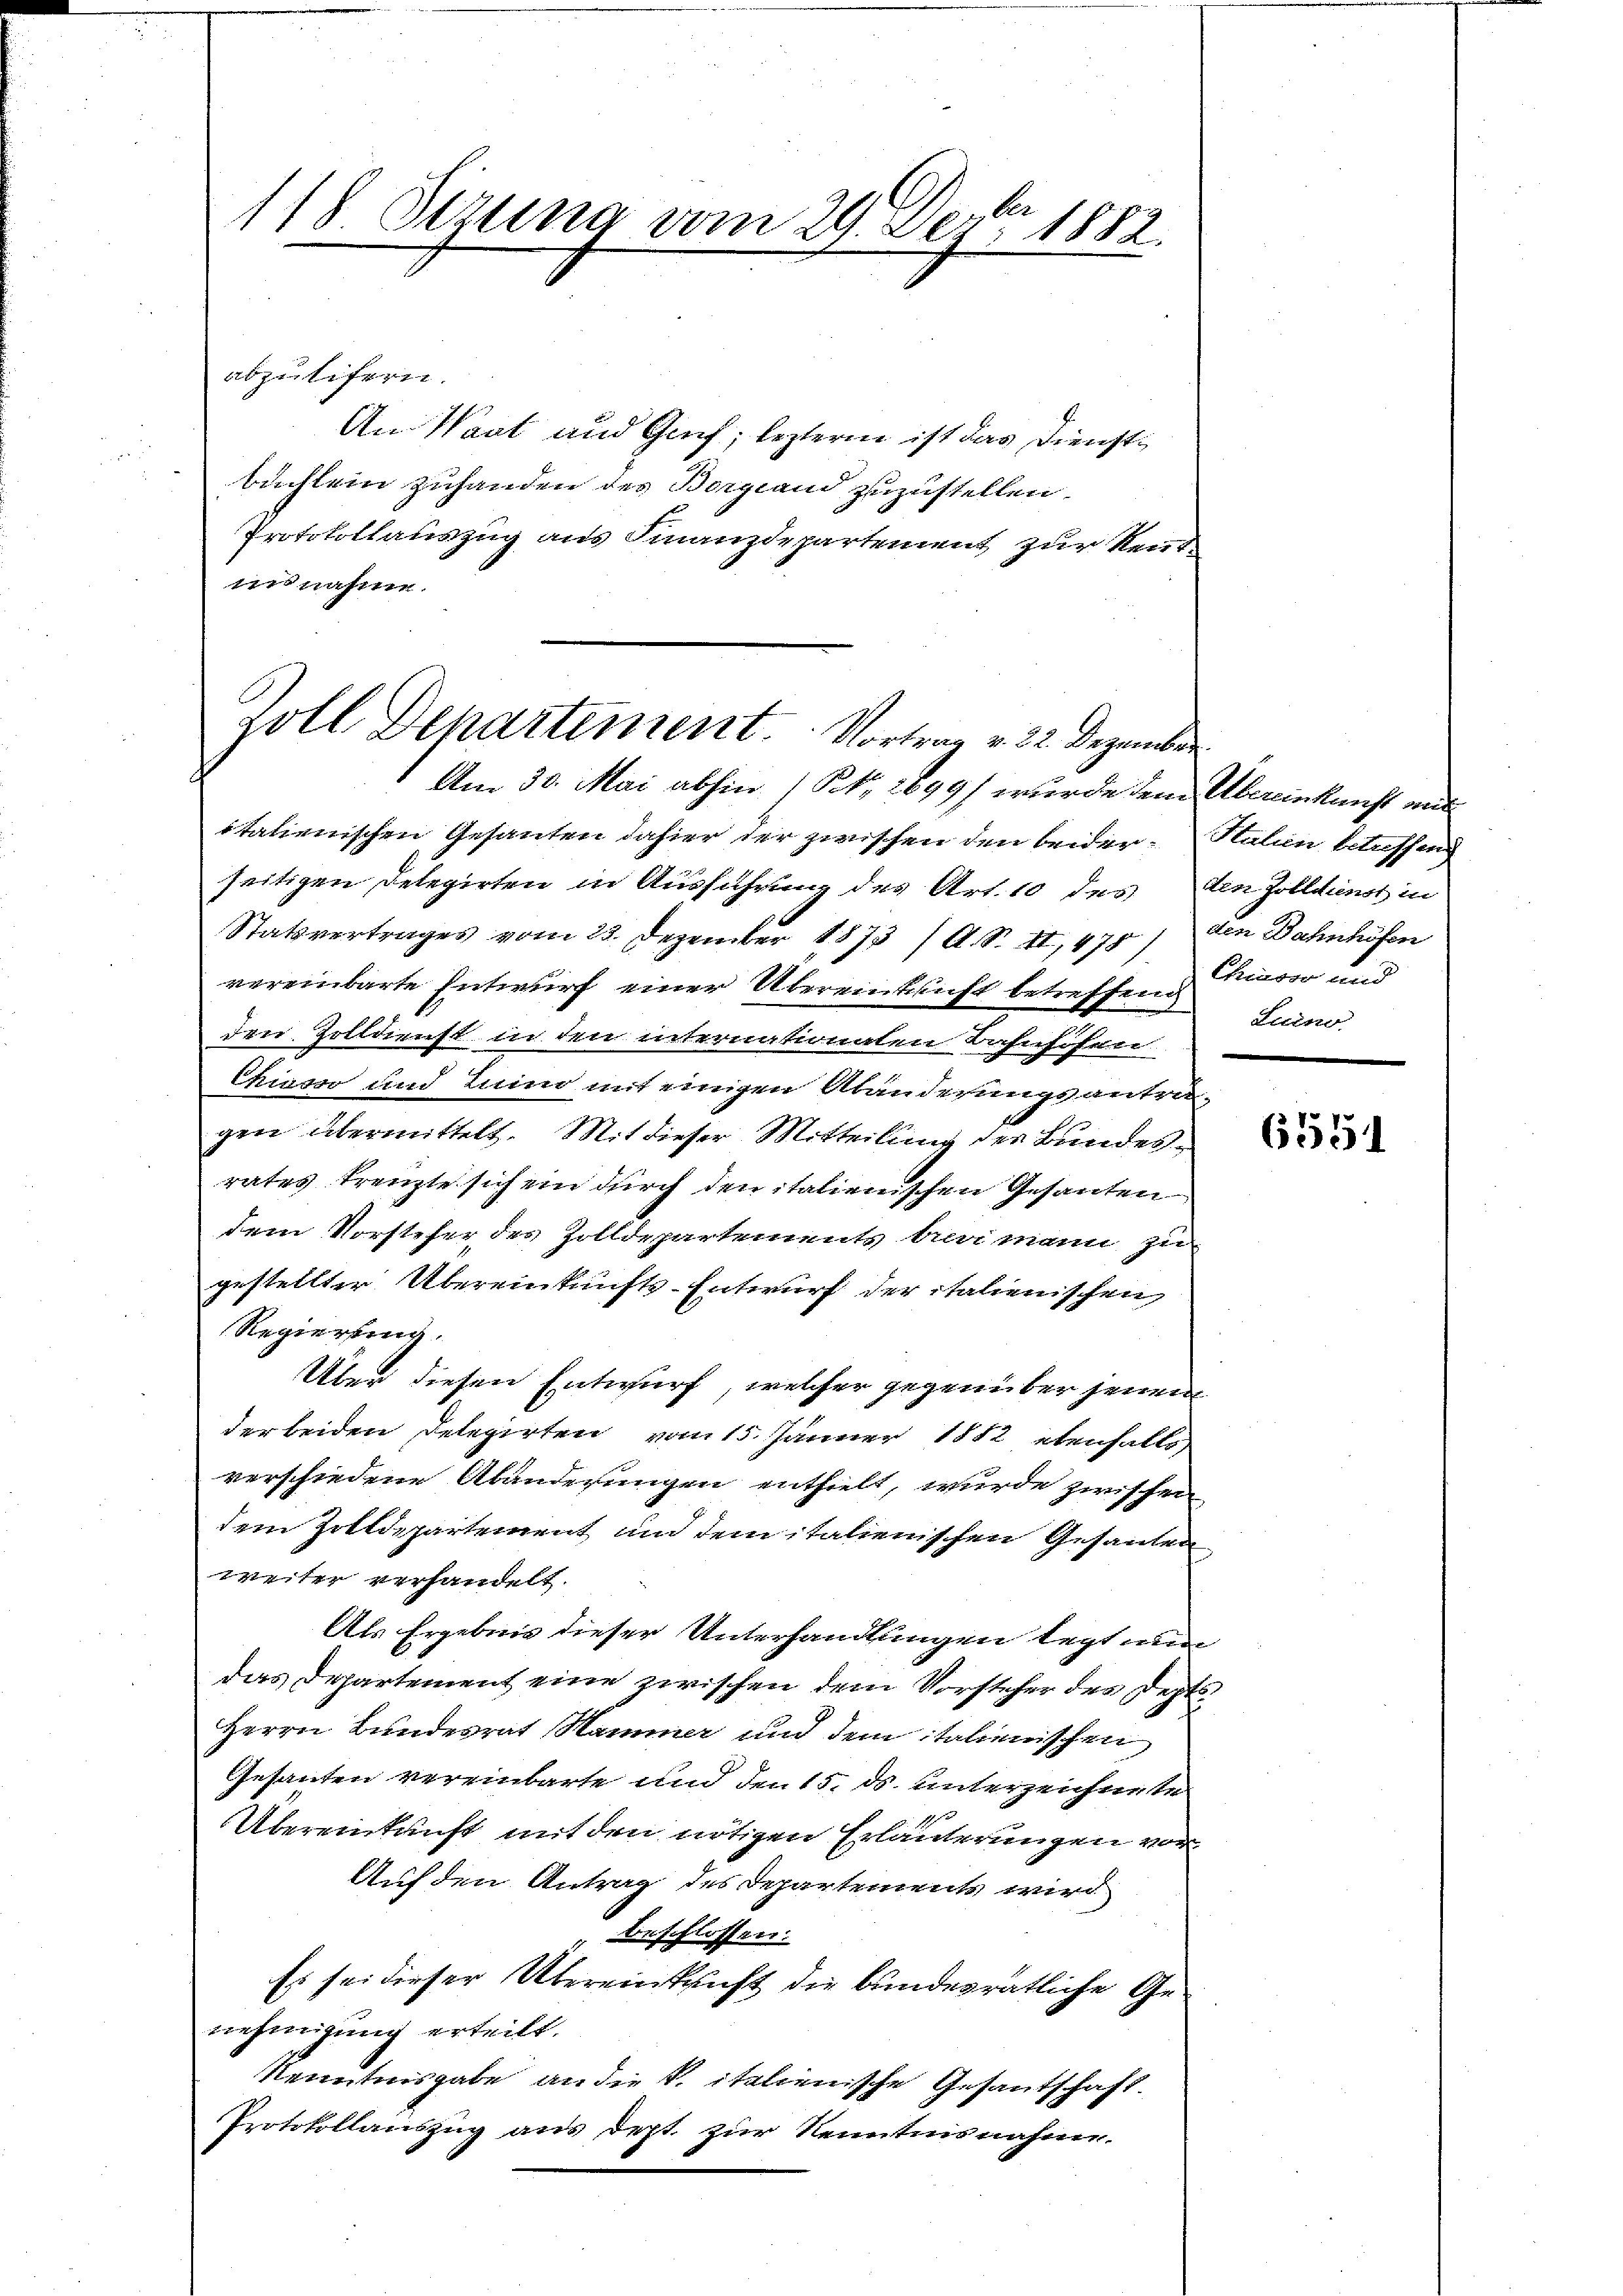
118. Jerung vom 24. Der 1882

abzulifern.
An Tant und Genf, leztern ist das Diensti
Buchten zuhanden des Borgwand zuzustellen
Protokollauszug aus Finanzdepartement zur Reut-
innahme

Zoll Dehartement. Vortrag v. 22. Dezember
Am 30. Mai abhin 1 S. 2699) wurde den

italienischen Gesanten dahier der zwischen den beiderseitigen gelegirten in Ausführung des Art. 10 des
Statsvertrages vom 23. Dezember 1873 A. S. II., 475
vereinbarte Entwurf einer Übereintricht betreffend
den Zolldienst in den internationalen Bahnschen
Chieso und eine mit einigen Abänderungsantragen übermittelt. Mit dieser Mitteilung der Bundes-
rates trengte sich ein durch den italienischen Gesanten
dem Vorsteher des Zolldepartements buri mann zu
gestellter Übereinkunfts-Entwurf der italienischen
Regierung.
Uber diesen Entwurf, welcher gegenüber jenen
der beiden Delegirten vom 15. Jänner 1882 ebenfalls,
verschiedene Abänderungen enthielt, wurde zwischen
dem Zolldepartement und dem italienischen Gesanten
weiter verhandelt.
Als Ergebnis dieser Unterhandlungen legt und
das Departement eine zwischen dem Vorsteher des Depts¬
Herrn Bundesrat Kammer und dem italienischen
Gesanten vereinbarte und den 15. ds. unterzeichnete
Übereinkunft mit den nötigen Erläuterungen vor
Auf den Antrag des Departements wird
beschlossen:
Es sei dieser Übereinkricht die bundesrätliche Genehmigung erteilt.
Kenntnisgabe an die S. italienische Gesantschaft.
Protokollauszug aus dest zur Kenntnisnahme.

Kleinkunft aus
Station betreffend
den Zolldienst in
den Bahnhöfen
Chiavor und
Luino.

6551